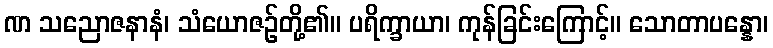
ဏ သညောဇနာနံ၊ သံယောဇဉ်တို့၏။ ပရိက္ခာယာ၊ ကုန်ခြင်းကြောင့်။ သောတာပန္နော၊